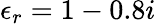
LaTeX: \epsilon_{r}=1-0.8i